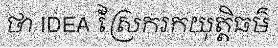
ថា IDEA ស្រែករកយុត្តិធម៌